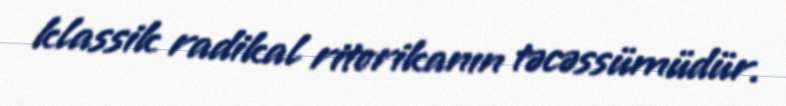
klassik radikal ritorikanın təcəssümüdür.